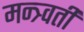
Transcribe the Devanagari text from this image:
मन्त्र्वती